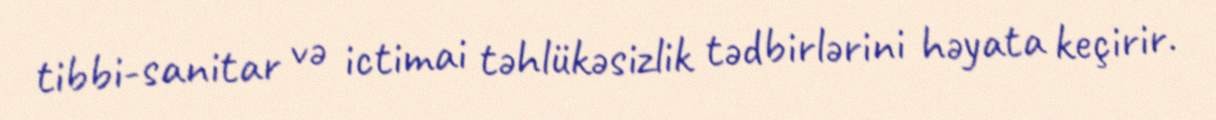
tibbi-sanitar və ictimai təhlükəsizlik tədbirlərini həyata keçirir.